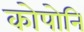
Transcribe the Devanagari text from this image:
कोपोनि